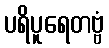
ပရိပူရေတဗ္ဗံ